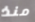
منذ